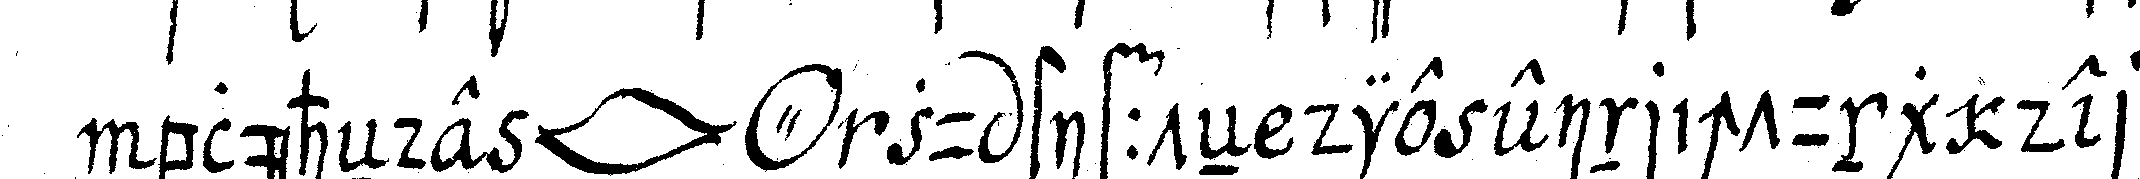
blüheNde *lip* *o* zu stiffteN die einrichtung der